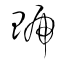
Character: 琥